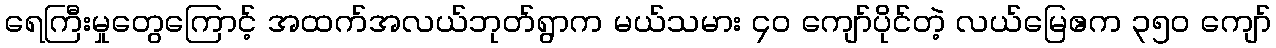
ရေကြီးမှုတွေကြောင့် အထက်အလယ်ဘုတ်ရွာက မယ်သမား ၄၀ ကျော်ပိုင်တဲ့ လယ်မြေဧက ၃၅၀ ကျော်